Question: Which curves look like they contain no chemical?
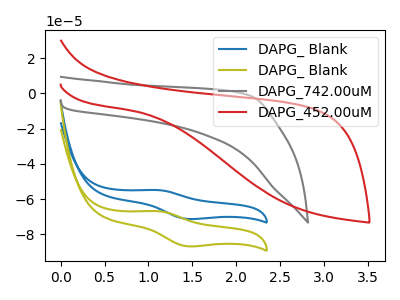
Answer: <think>The blue curve "DAPG_ Blank" has an anodic peak at (1.10V, -54.85uA) and a cathodic peak at (1.45V, -71.25uA). The olive curve "DAPG_ Blank" has an anodic peak at (1.10V, -66.80uA) and a cathodic peak at (1.45V, -86.75uA). The gray curve "DAPG_742.00uM" has no peaks. The red curve "DAPG_452.00uM" has no peaks.</think>
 <answer>"DAPG_742.00uM" and "DAPG_452.00uM" are likely to be blanks.</answer>
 <eval>"DAPG_742.00uM", "DAPG_452.00uM"</eval>